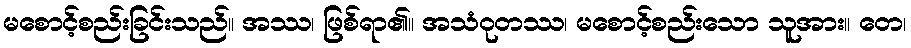
မစောင့်စည်းခြင်းသည်။ အဿ၊ ဖြစ်ရာ၏။ အသံဝုတဿ၊ မစောင့်စည်းသော သူအား။ တေ၊